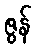
ဇွန်